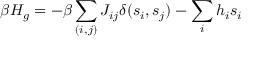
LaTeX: \beta H _ { g } = - \beta \sum _ { ( i , j ) } J _ { i j } \delta ( s _ { i } , s _ { j } ) - \sum _ { i } h _ { i } s _ { i }